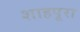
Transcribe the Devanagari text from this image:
शाहपूरा